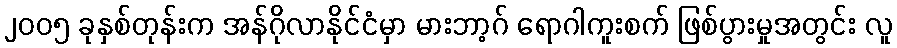
၂၀၀၅ ခုနှစ်တုန်းက အန်ဂိုလာနိုင်ငံမှာ မားဘာ့ဂ် ရောဂါကူးစက် ဖြစ်ပွားမှုအတွင်း လူ